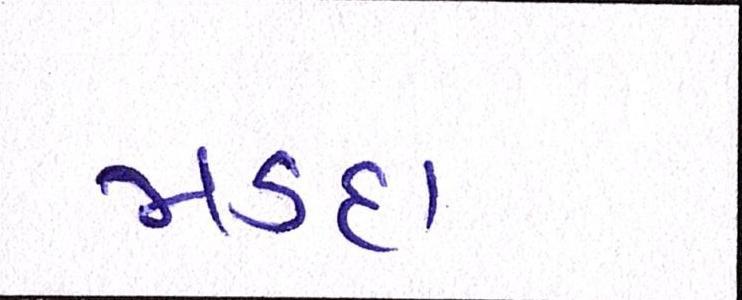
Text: મડદા